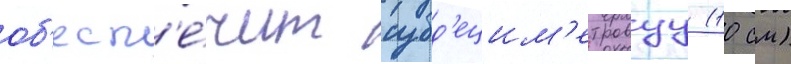
об'есп'е́чит субд'ецим'етровуу (10 см)